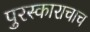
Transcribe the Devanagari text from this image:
पुरस्काराचाच